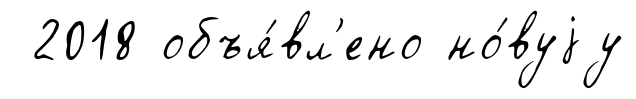
2018 объя́вл'ено но́вуjу